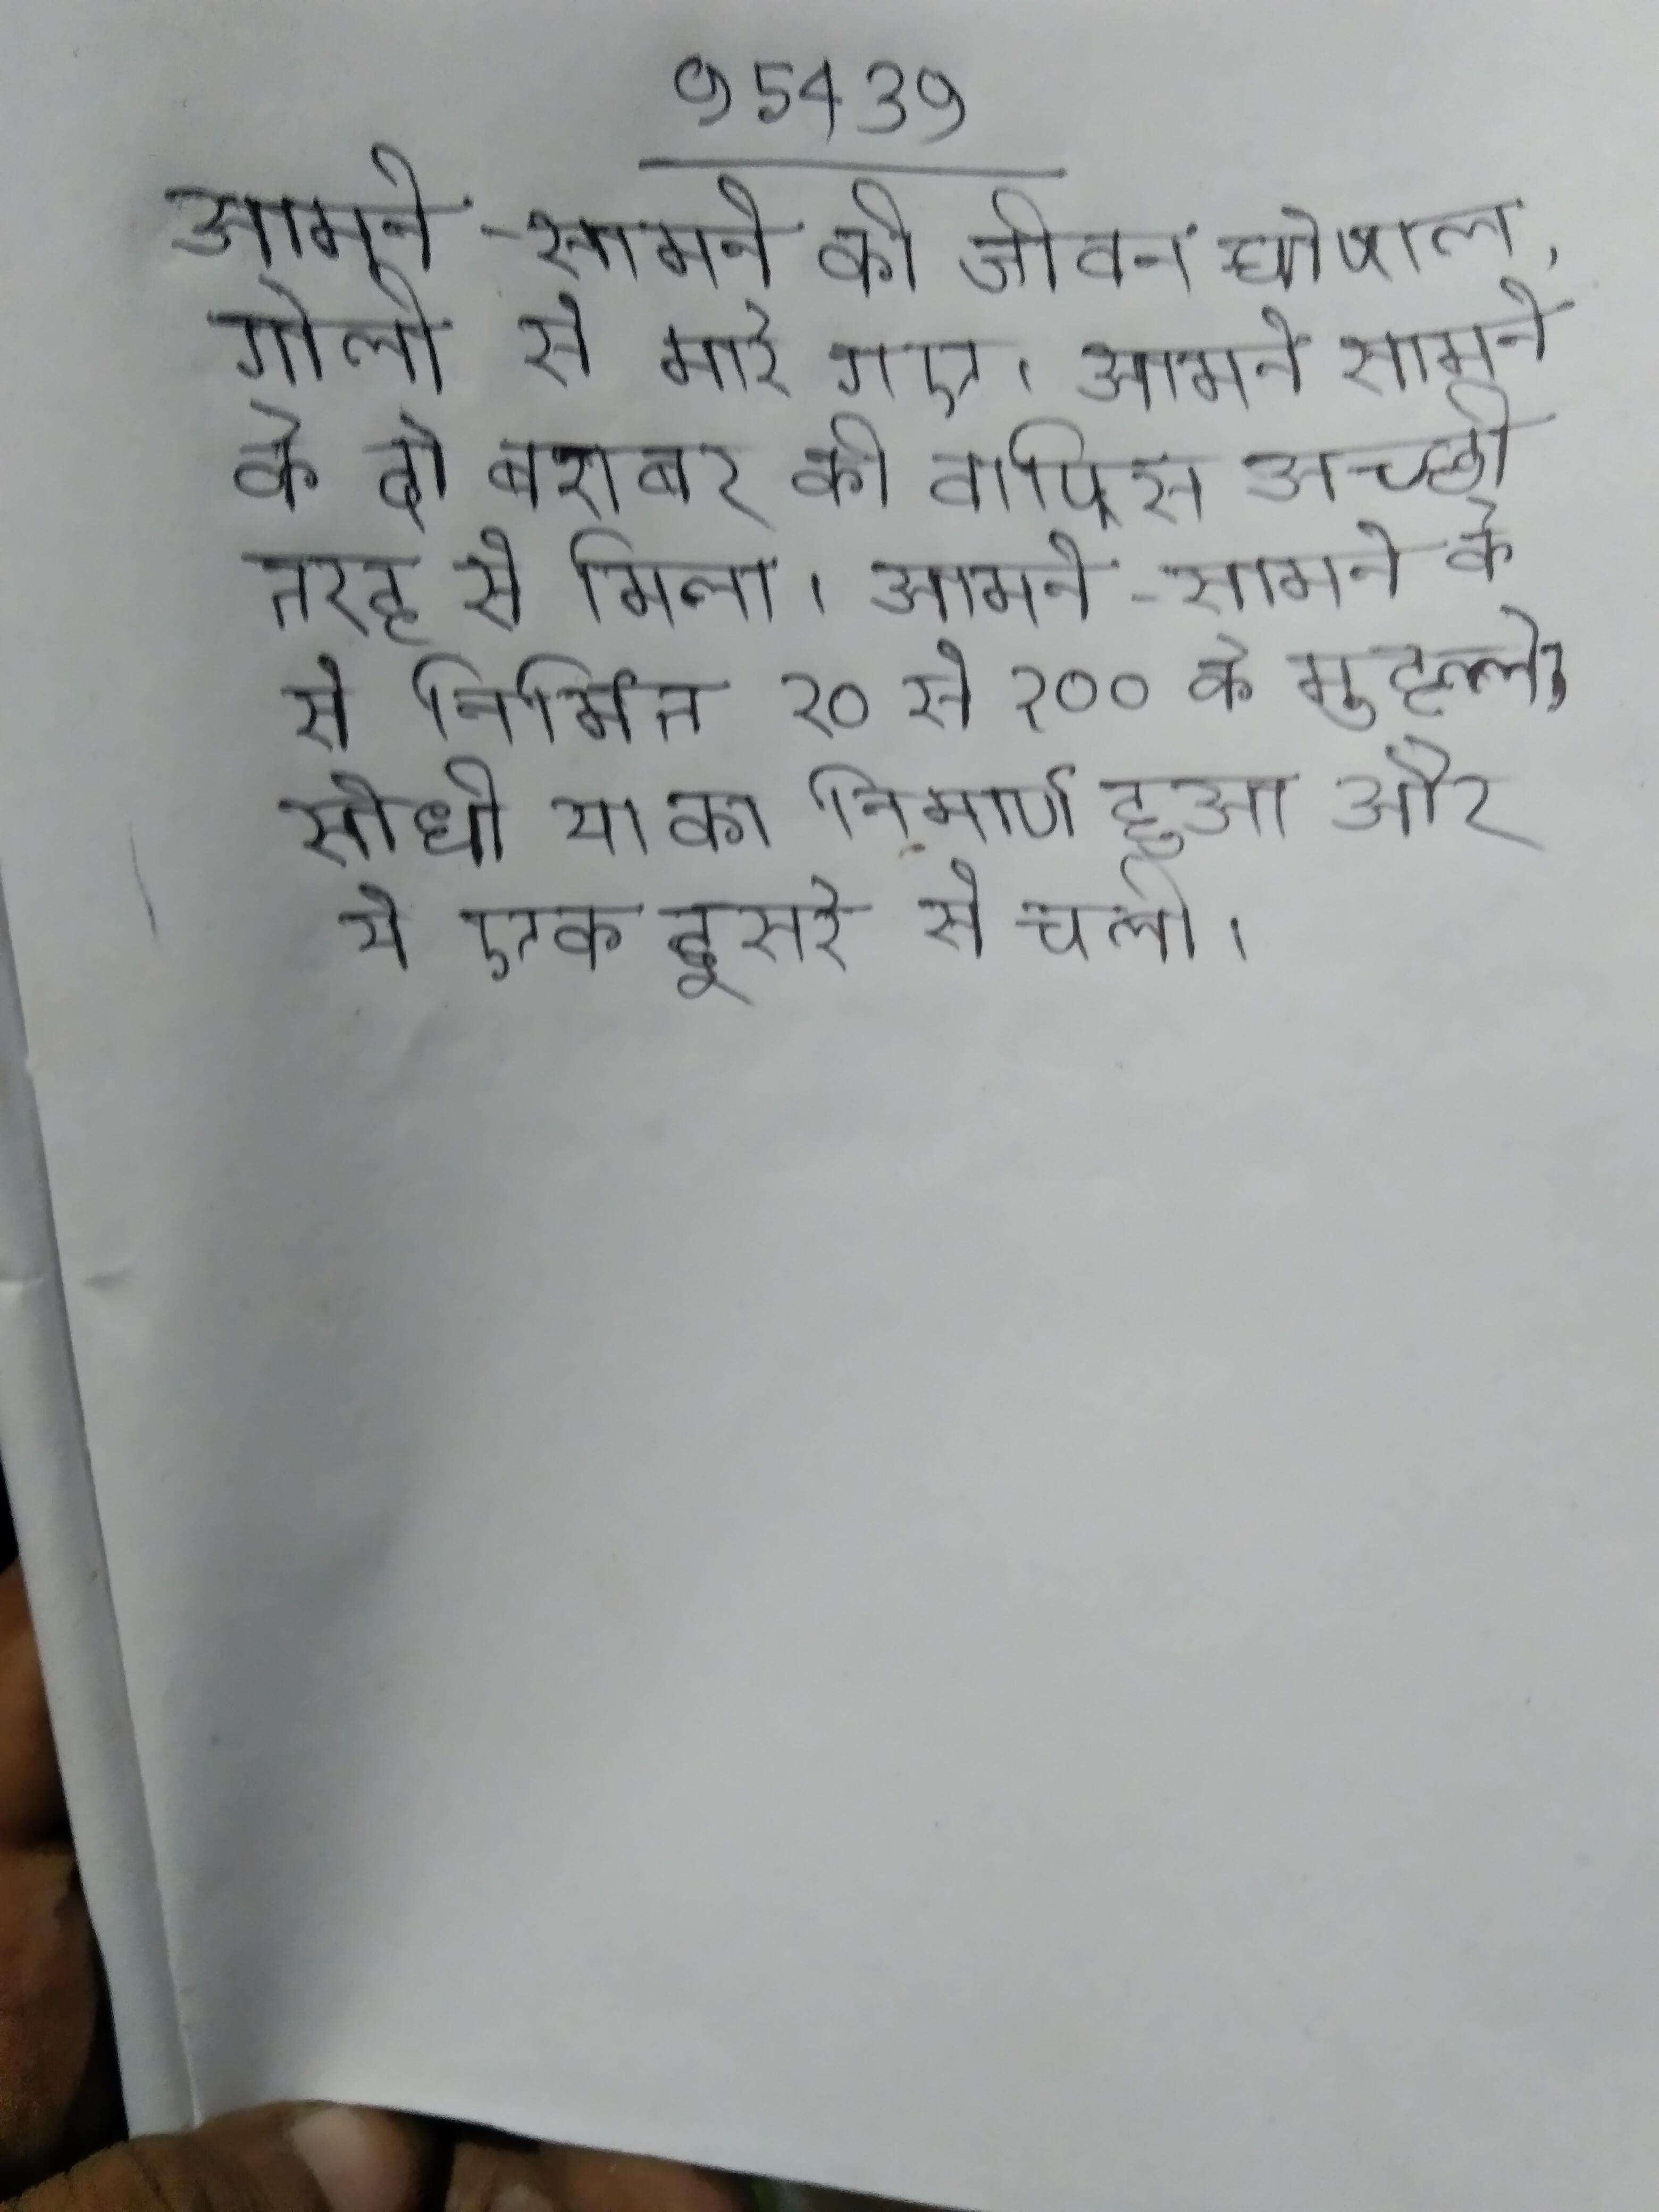
आमने-सामने की जीवन घोषाल, गोली से मारे गए । आमने सामने के दो बराबर को वापिस अच्छी तरह से मिला । आमने-सामने के से निर्मित २० से १०० के मुहल्ले, सीधी या का निमार्ण हुआ और ये एक दूसरे से चली ।